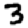
Digit: 3